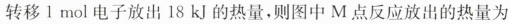
转移l mol电子放出18kJ的热量，则图中M点反应放出的热量为